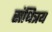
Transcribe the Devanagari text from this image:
संधित्रय